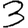
Digit: 3